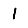
Digit: 1